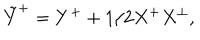
\tilde { Y } ^ { + } = Y ^ { + } + 1 / 2 X ^ { + } X ^ { \perp } ,